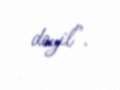
deyil”.